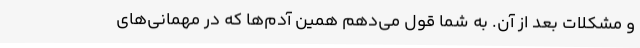
و مشکلات بعد از آن. به شما قول می‌دهم همین آدم‌ها که در مهمانی‌های